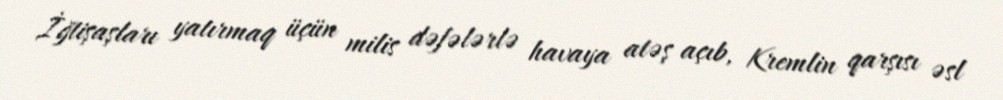
İğtişaşları yatırmaq üçün milis dəfələrlə havaya atəş açıb, Kremlin qarşısı əsl